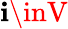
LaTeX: \mathbf{i}\inV